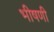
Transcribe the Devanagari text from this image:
भीषणी